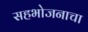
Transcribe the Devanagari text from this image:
सहभोजनाचा